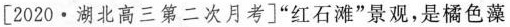
[2020·湖北高三第二次月考]”红石滩”景观，是橘色藻